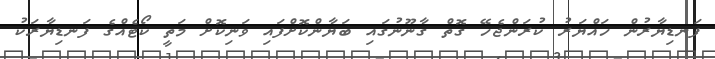
ފަނޑިޔާރުން ހައްޔަރު ކުރަންޖެހޭ ގޮތް ގާނޫނުގައި ބަޔާންކޮށްފައި ވަނިކޮށް މަތީ ކޯޓެއްގެ ފަނޑިޔާރަކު